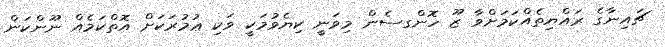
ޗައިނާގެ ރައްޔިތެއްކަމަށްވާ ޒޫ ހޮންގސެން މިވަނީ ކިޔެވުމަކީ ވަކި ޢުމުރަކަށް އޮތްކަމެއް ނޫންކަން